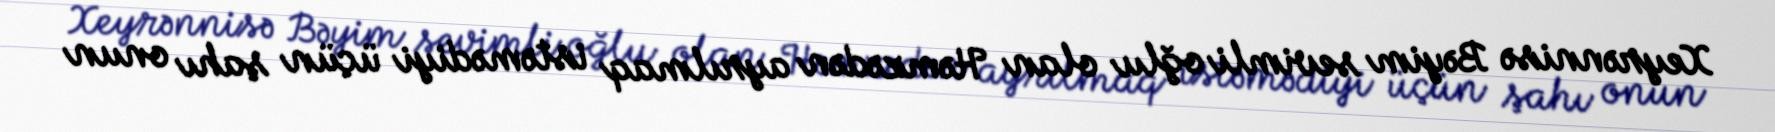
Xeyrənnisə Bəyim sevimli oğlu olan Həmzədən ayrılmaq istəmədiyi üçün şahı onun